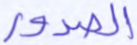
الصدور